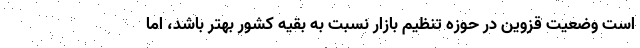
است وضعیت قزوین در حوزه تنظیم بازار نسبت به بقیه کشور بهتر باشد، اما